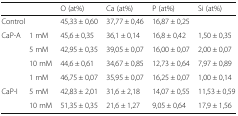
|  |  | O (at%) | Ca (at%) | P (at%) | Si (at%) |
 | --- | --- | --- | --- | --- | --- |
 | <COLSPAN=2> Control | 45,33 ± 0,60 | 37,77 ± 0,46 | 16,87 ± 0,25 |  |
 | <ROWSPAN=3> CaP-A | 1 mM | 45,6 ± 0,35 | 36,1 ± 0,14 | 16,8 ± 0,42 | 1,50 ± 0,35 |
 | 5 mM | 42,95 ± 0,35 | 39,05 ± 0,07 | 16,00 ± 0,07 | 2,00 ± 0,07 |
 | 10 mM | 44,6 ± 0,61 | 34,67 ± 0,85 | 12,73 ± 0,64 | 7,97 ± 0,89 |
 |  | 1 mM | 46,75 ± 0,07 | 35,95 ± 0,07 | 16,25 ± 0,07 | 1,00 ± 0,14 |
 | CaP-I | 5 mM | 42,83 ± 2,01 | 31,6 ± 2,18 | 14,07 ± 0,55 | 11,53 ± 0,59 |
 |  | 10 mM | 51,35 ± 0,35 | 21,6 ± 1,27 | 9,05 ± 0,64 | 17,9 ± 1,56 |